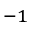
^ { - 1 }